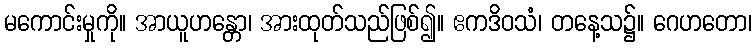
မကောင်းမှုကို။ အာယူဟန္တော၊ အားထုတ်သည်ဖြစ်၍။ ဧကဒိဝသံ၊ တနေ့သ၌။ ဂေဟတော၊